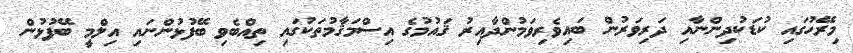
މިރޭހުގައި ކުޑަކުދިންނާއި ދަރިވަރުން ބައިވެރިވަމުންދާއިރު ޤައުމުގެ އިސްމަޤާމުތަކުގައި ތިއްބެވި ބޭފުޅުންނައި އިލްމީ ބޭފުޅުން